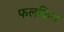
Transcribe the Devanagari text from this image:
फलकित